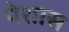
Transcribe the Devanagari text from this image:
पेशास